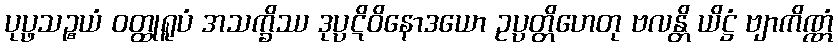
ပုပ္ဖသဉ္စယံ ဝတ္ထုရူပံ အသက္ခိဿ ဒုပ္ပဋိဝိနောဒယော ဥပ္ပတ္တိဟေတု ဗလန္တိ ယိဋ္ဌံ ဗျာကိဏ္ဏံ